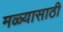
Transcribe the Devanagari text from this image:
मळ्यासाठी